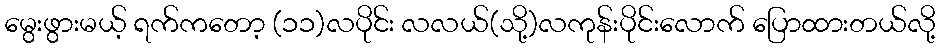
မွေးဖွားမယ့် ရက်ကတော့ (၁၁)လပိုင်း လလယ်(သို့)လကုန်းပိုင်းလောက် ပြောထားတယ်လို့